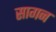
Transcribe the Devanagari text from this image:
सागन